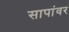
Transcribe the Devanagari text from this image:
सापांवर